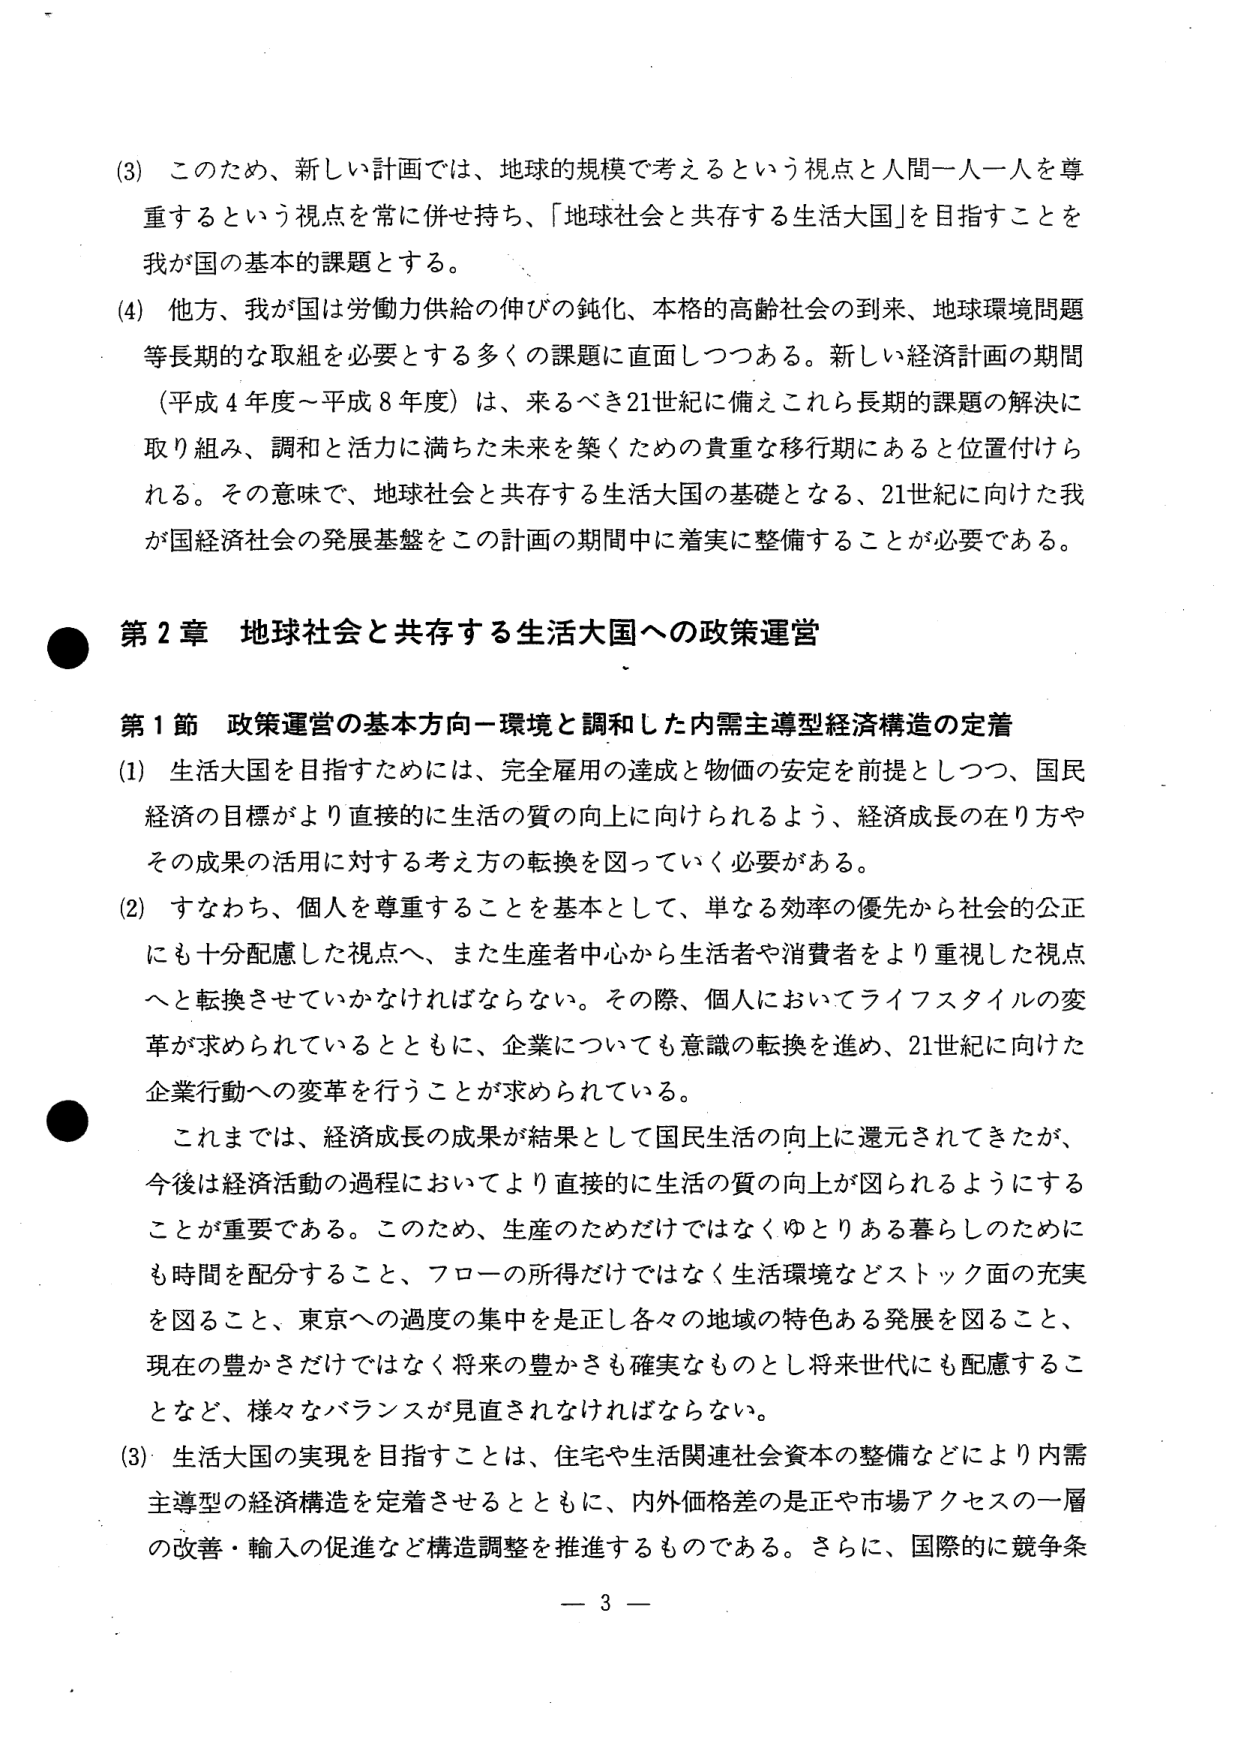
(3) このため、新しい計画では、地球的規模で考えるという視点と人間一人一人を尊重するという視点を常に併せ持ち、「地球社会と共存する生活大国」を目指すことを我が国の基本的課題とする。

(4) 他方、我が国は労働力供給の伸びの鈍化、本格的高齢社会の到来、地球環境問題等長期的な取組を必要とする多くの課題に直面しつつある。新しい経済計画の期間（平成4年度～平成8年度）は、来るべき21世紀に備えこれら長期的課題の解決に取り組み、調和と活力に満ちた未来を築くための貴重な移行期にあると位置付けられる。その意味で、地球社会と共存する生活大国の基礎となる、21世紀に向けた我が国経済社会の発展基盤をこの計画の期間中に着実に整備することが必要である。

● 第2章 地球社会と共存する生活大国への政策運営

第1節 政策運営の基本方向－環境と調和した内需主導型経済構造の定着

(1) 生活大国を目指すためには、完全雇用の達成と物価の安定を前提としつつ、国民経済の目標がより直接的に生活の質の向上に向けられるよう、経済成長の在り方やその成果の活用に対する考え方の転換を図っていく必要がある。

(2) すなわち、個人を尊重することを基本として、単なる効率の優先から社会的公正にも十分配慮した視点へ、また生産者中心から生活者や消費者をより重視した視点へと転換させていかなければならない。その際、個人においてライフスタイルの変革が求められているとともに、企業についても意識の転換を進め、21世紀に向けた企業行動への変革を行うことが求められている。

これまで、経済成長の成果が結果として国民生活の向上に還元されてきたが、今後は経済活動の過程においてより直接的に生活の質の向上が図られるようにすることが重要である。このため、生産のためだけではなくゆとりある暮らしのためにも時間を配分すること、フローの所得だけではなく生活環境などストック面の充実を図ること、東京への過度の集中を是正し各々の地域の特色ある発展を図ること、現在の豊かさだけではなく将来の豊かさも確実なものとし将来世代にも配慮することなど、様々なバランスが見直されなければならない。

(3) 生活大国の実現を目指すことは、住宅や生活関連社会資本の整備などにより内需主導型の経済構造を定着させるとともに、内外価格差の是正や市場アクセスの一層の改善・輸入の促進など構造調整を推進するものである。さらに、国際的に競争条

－ 3 －